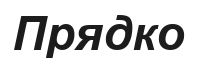
Прядко